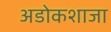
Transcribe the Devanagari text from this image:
अडोकशाजा